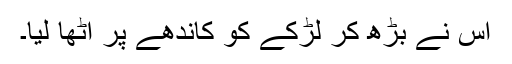
اس نے بڑھ کر لڑکے کو کاندھے پر اُٹھا لیا۔